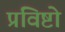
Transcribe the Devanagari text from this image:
प्रविष्टो